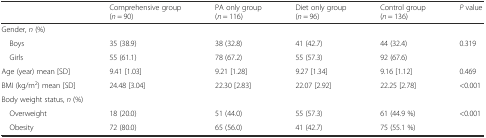
<table><thead><tr><td></td><td><b>Comprehensive group (<i>n</i> = 90)</b></td><td><b>PA only group (<i>n</i> = 116)</b></td><td><b>Diet only group (<i>n</i> = 96)</b></td><td><b>Control group (<i>n</i> = 136)</b></td><td><b><i>P</i> value</b></td></tr></thead><tbody><tr><td colspan="6">Gender, <i>n</i> (%)</td></tr><tr><td> Boys</td><td>35 (38.9)</td><td>38 (32.8)</td><td>41 (42.7)</td><td>44 (32.4)</td><td rowspan="2">0.319</td></tr><tr><td> Girls</td><td>55 (61.1)</td><td>78 (67.2)</td><td>55 (57.3)</td><td>92 (67.6)</td></tr><tr><td>Age (year) mean [SD]</td><td>9.41 [1.03]</td><td>9.21 [1.28]</td><td>9.27 [1.34]</td><td>9.16 [1.12]</td><td>0.469</td></tr><tr><td>BMI (kg/m<sup>2</sup>) mean [SD]</td><td>24.48 [3.04]</td><td>22.30 [2.83]</td><td>22.07 [2.92]</td><td>22.25 [2.78]</td><td>&lt;0.001</td></tr><tr><td colspan="6">Body weight status, <i>n</i> (%)</td></tr><tr><td> Overweight</td><td>18 (20.0)</td><td>51 (44.0)</td><td>55 (57.3)</td><td>61 (44.9 %)</td><td rowspan="2">&lt;0.001</td></tr><tr><td> Obesity</td><td>72 (80.0)</td><td>65 (56.0)</td><td>41 (42.7)</td><td>75 (55.1 %)</td></tr></tbody></table>